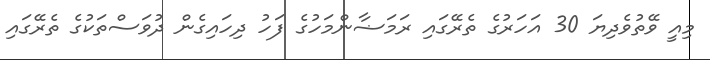
މިއީ ވޭތުވެދިޔަ 30 އަހަރުގެ ތެރޭގައި ރަމަޟާންމަހުގެ ފަހު ދިހައިގެން ދުވަސްތަކުގެ ތެރޭގައި